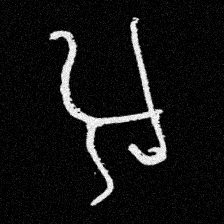
Pyu character \u2014 Myanmar letter: အ (romanized: a)